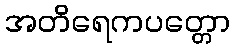
အတိရေကပတ္တော